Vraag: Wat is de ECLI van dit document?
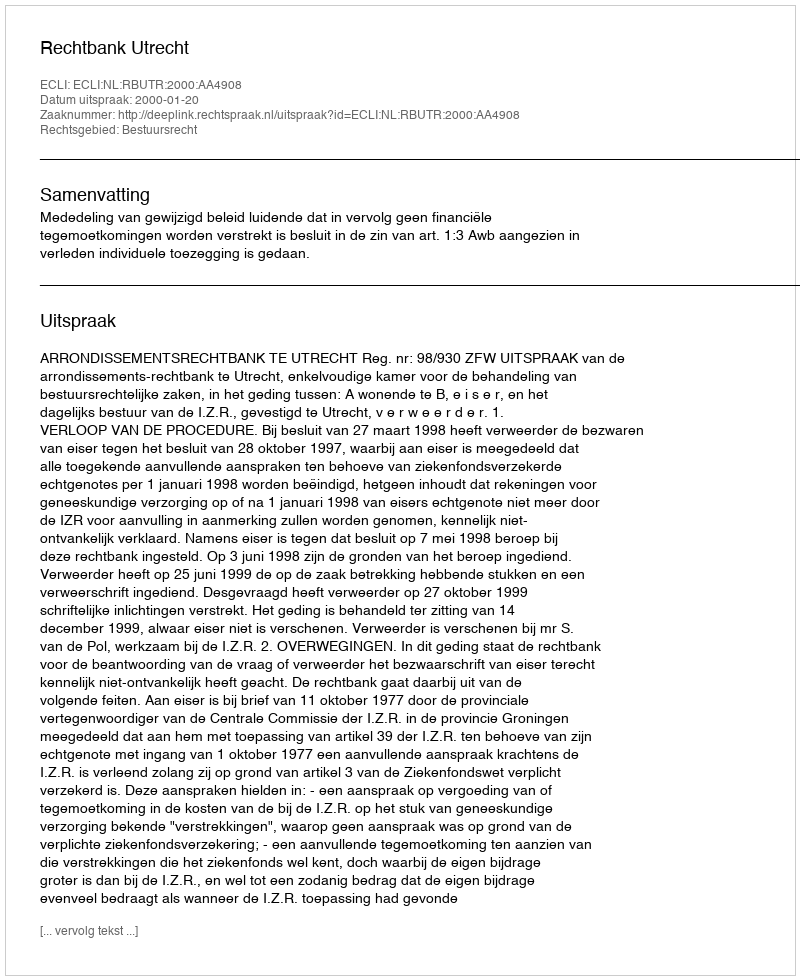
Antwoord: ECLI:NL:RBUTR:2000:AA4908